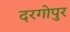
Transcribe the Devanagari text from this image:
दरगोपुर